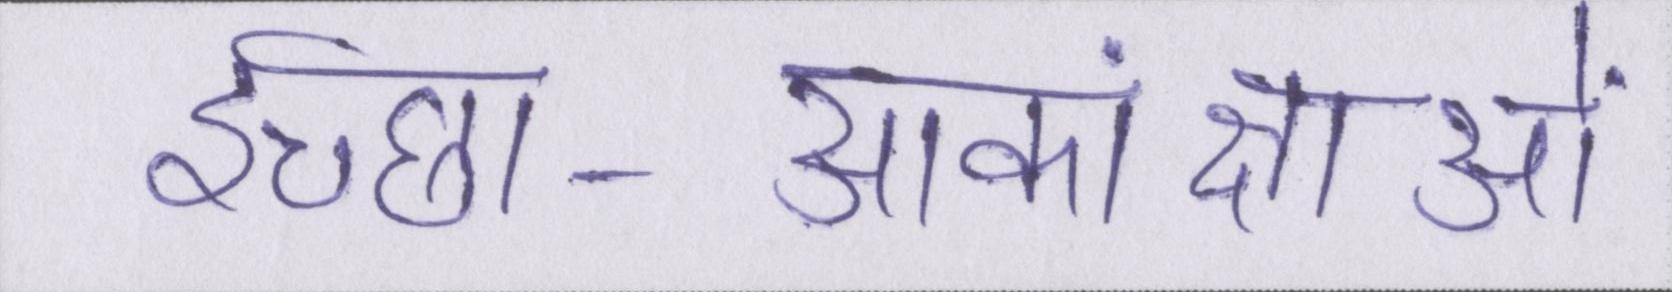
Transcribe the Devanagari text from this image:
इच्छा-आकांक्षाओं